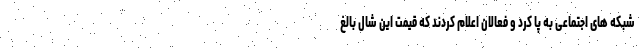
شبکه های اجتماعی به پا کرد و فعالان اعلام کردند که قیمت این شال بالغ